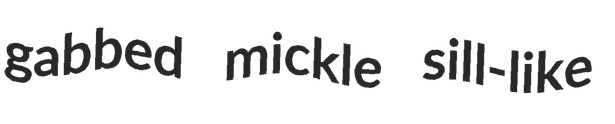
gabbed mickle sill-like